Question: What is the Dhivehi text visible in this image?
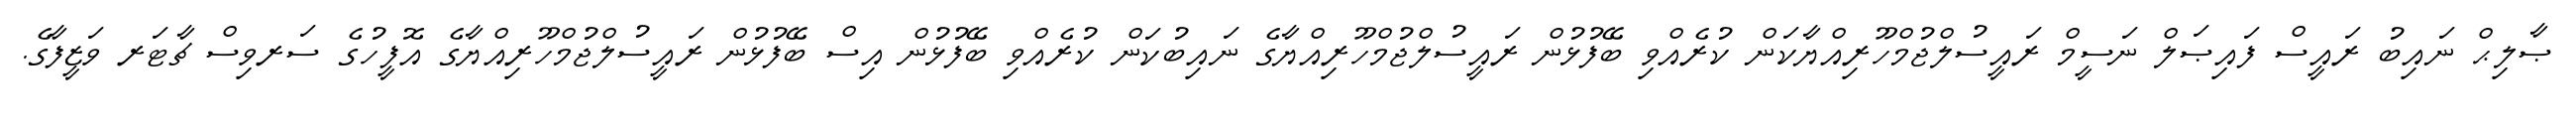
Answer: ޞާލިޙް ނައިބު ރައީސް ފައިޞަލް ނަސީމް ރައީސުލްޖުމްހޫރިއްޔާކަން ކުރެއްވި ބޭފުޅުން ރައީސުލްޖުމްހޫރިއްޔާގެ ނައިބުކަން ކުރެއްވި ބޭފުޅުން އިސް ބޭފުޅުން ރައީސުލްޖުމްހޫރިއްޔާގެ އޮފީހުގެ ސަރވިސް ޗާޓަރ ވަޒީފާގެ.